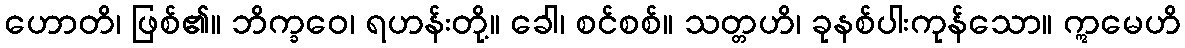
ဟောတိ၊ ဖြစ်၏။ ဘိက္ခဝေ၊ ရဟန်းတို့။ ခေါ၊ စင်စစ်။ သတ္တဟိ၊ ခုနစ်ပါးကုန်သော။ ဣမေဟိ